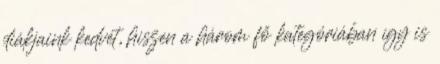
diákjaink kedvét, hiszen a három fő kategóriában így is